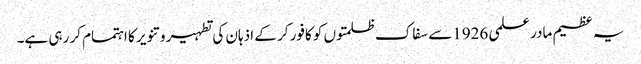
یہ عظیم مادر علمی 1926سے سفاک ظلمتوں کو کافور کر کے اذہان کی تطہیر و تنویر کا اہتمام کر رہی ہے۔